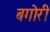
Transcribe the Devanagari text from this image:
बगोरी